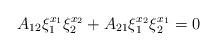
LaTeX: \begin{align*}A_{12}\xi_1^{x_1}\xi_2^{x_2} + A_{21}\xi_1^{x_2}\xi_2^{x_1} = 0\end{align*}